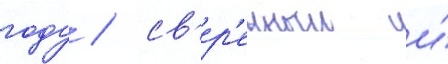
году / св'ер'енныи и́